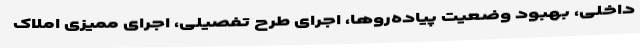
داخلی، بهبود وضعیت پیاده‌روها، اجرای طرح تفصیلی، اجرای ممیزی املاک